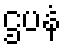
ဌပနံ